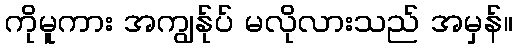
ကိုမူကား အကျွန်ုပ် မလိုလားသည် အမှန်။